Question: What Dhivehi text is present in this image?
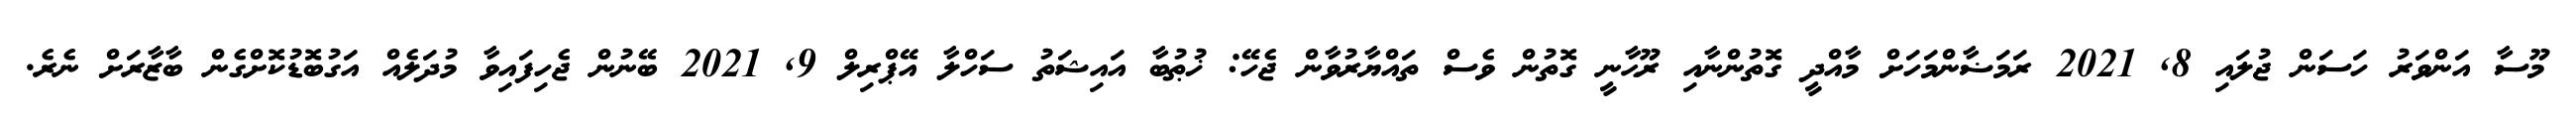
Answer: މޫސާ އަންވަރު ހަސަން ޖުލައި 8, 2021 ރަމަޟާންމަހަށް މާއްދީ ގޮތުންނާއި ރޫޙާނީ ގޮތުން ވެސް ތައްޔާރުވާން ޖެހޭ: ޚުޠުބާ އައިޝަތު ސަހްލާ އޭޕްރިލް 9, 2021 ބޭނުން ޖެހިފައިވާ މުދަލެއް އަގުބޮޑުކޮށްގެން ބާޒާރަށް ނެރެ.